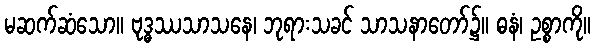
မဆက်ဆံသော။ ဗုဒ္ဓဿသာသနေ၊ ဘုရားသခင် သာသနာတော်၌။ ဓနံ၊ ဥစ္စာကို။